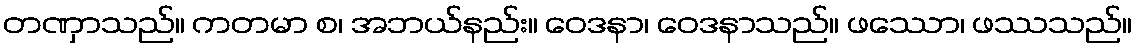
တဏှာသည်။ ကတမာ စ၊ အဘယ်နည်း။ ဝေဒနာ၊ ဝေဒနာသည်။ ဖဿော၊ ဖဿသည်။